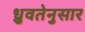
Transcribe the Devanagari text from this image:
ध्रुवतेनुसार